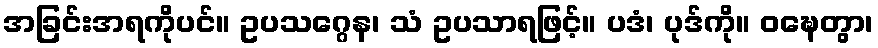
အခြင်းအရကိုပင်။ ဥပသဂ္ဂေန၊ သံ ဥပသာရဖြင့်။ ပဒံ၊ ပုဒ်ကို။ ဝဍ္ဎေတွာ၊